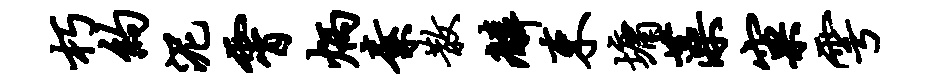
朽约泥霄炳素散麟束墉藻窠雩